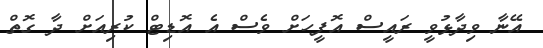
އޭނާ ވިދާޅުވީ ރައީސް އޮފީހަށް ވެސް އެ އޮޑިޓް ކުރިއަށް ދާ ގޮތް